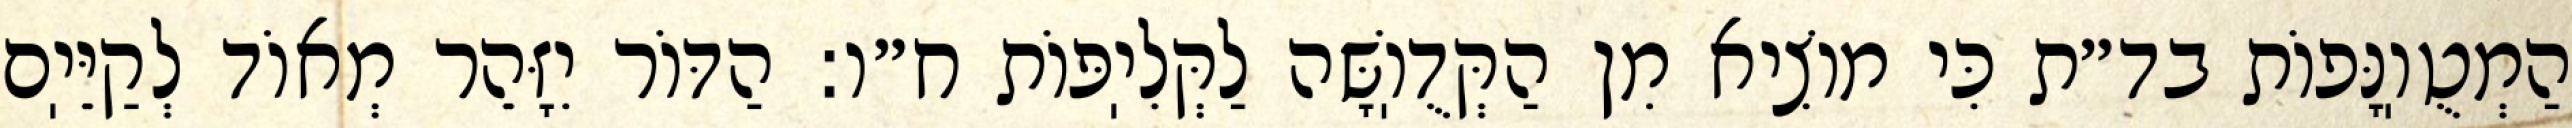
הַמְטֻוֽנָּפוֹת בד״ת כִּי מוֹצִיא מִן הַקְּדֻוֽשָּׁה לַקְּלִיֽפּוֹת ח״ו: הַדּוֹר יִזָּהֵר מְאוֹד לְקַיֵּיֽם